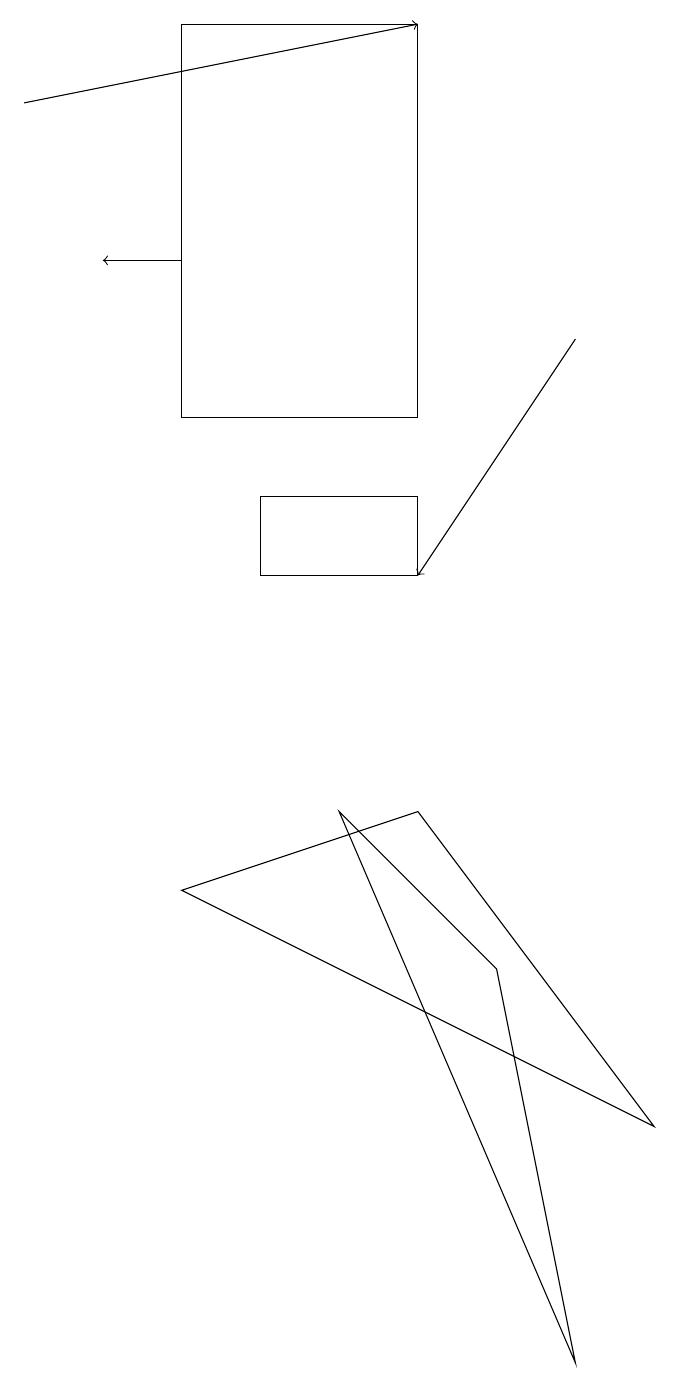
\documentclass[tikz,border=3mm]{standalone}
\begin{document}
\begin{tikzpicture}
\draw[->] (7,13) -- (5,10);
\draw (2,12) rectangle (5,17);
\draw[->] (0,16) -- (5,17);
\draw[->] (2,14) -- (1,14);
\draw (7,0) -- (6,5) -- (4,7) -- cycle;
\draw (8,3) -- (5,7) -- (2,6) -- cycle;
\draw (5,10) rectangle (3,11);
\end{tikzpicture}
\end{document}